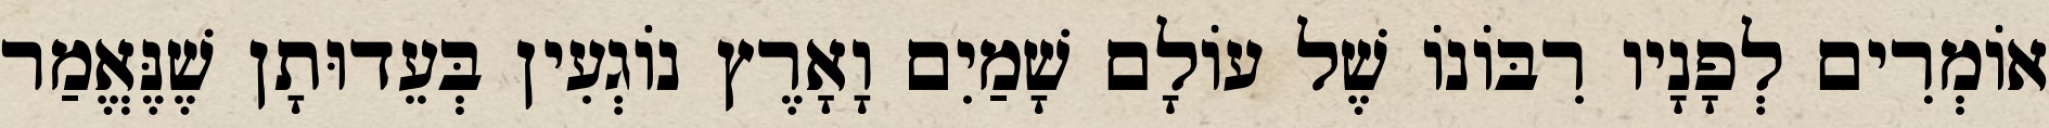
אוֹמְרִים לְפָנָיו רִבּוֹנוֹ שֶׁל עוֹלָם שָׁמַיִם וָאָרֶץ נוֹגְעִין בְּעֵדוּתָן שֶׁנֶּאֱמַר